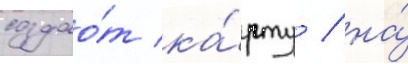
создао́т ка́рту / на́